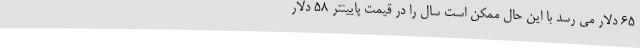
65 دلار می رسد با این حال ممکن است سال را در قیمت پایینتر 58 دلار